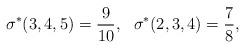
LaTeX: \begin{align*}\sigma^*(3,4,5)=\frac{9}{10},\ \ \sigma^*(2,3,4)=\frac 78,\end{align*}